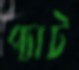
প্যাট